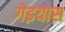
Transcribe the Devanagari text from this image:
गेइयास